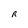
Character: R